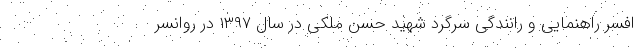
افسر راهنمایی و رانندگی سرگرد شهید حسن ملکی در سال ۱۳۹۷ در روانسر